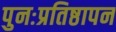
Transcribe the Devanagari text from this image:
पुनःप्रतिष्ठापन